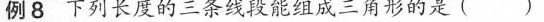
例8 下列长度的三条线段能组成三角形的是( )